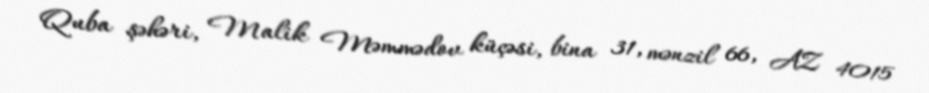
Quba şəhəri, Malik Məmmədov küçəsi, bina 31, mənzil 66, AZ 4015